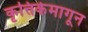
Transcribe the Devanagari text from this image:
कृत्तिकेमागून